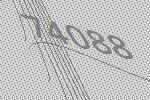
74088